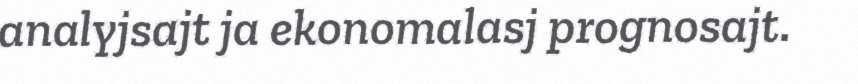
analyjsajt ja ekonomalasj prognosajt.